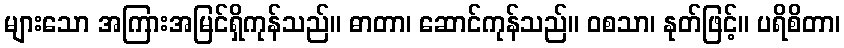
များသော အကြားအမြင်ရှိကုန်သည်။ ဓာတာ၊ ဆောင်ကုန်သည်။ ဝစသာ၊ နုတ်ဖြင့်။ ပရိစိတာ၊